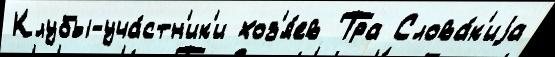
Клубы-уча́стн'ик'и хоз'я́ев Тра Слова́к'иjа